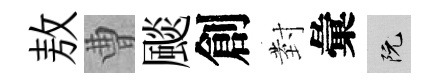
敖曹颷創𭔹彙阮